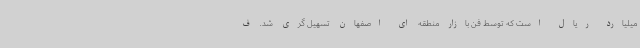
میلیارد ریال است که توسط فن بازار منطقه ای اصفهان تسهیل گری شد. ف